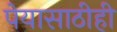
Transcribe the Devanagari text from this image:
पेयासाठीही